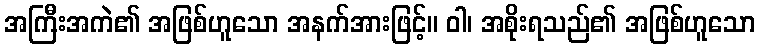
အကြီးအကဲ၏ အဖြစ်ဟူသော အနက်အားဖြင့်။ ဝါ၊ အစိုးရသည်၏ အဖြစ်ဟူသော